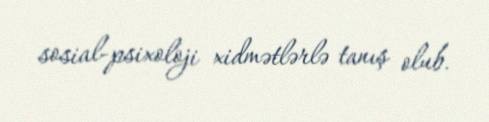
sosial-psixoloji xidmətlərlə tanış olub.